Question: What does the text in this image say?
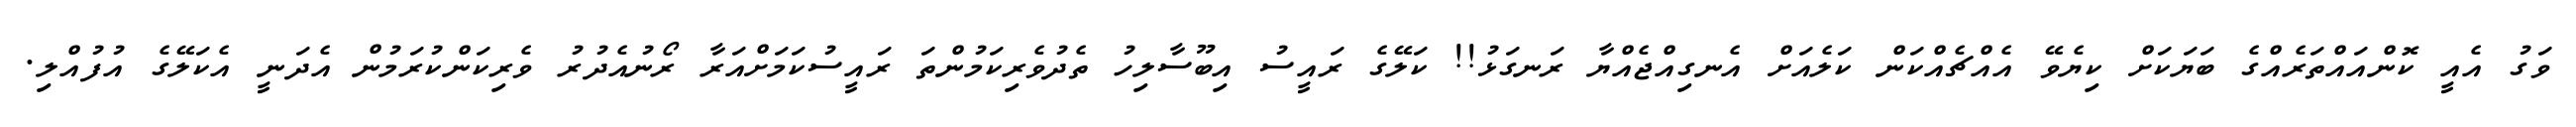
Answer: ވަގު އެއީ ކޮންއައްތަރެއްގެ ބަޔަކަށް ކިޔެވޭ އެއްޗެއްކަން ކަލެއަށް އެނގިއްޖެއްޔާ ރަނގަޅު!! ކަލޭގެ ރައީސު އިބޫސާލިހު ތެދުވެރިކަމުންތަ ރައީސުކަމަށްއަރާ ރޯނުއެދުރު ވެރިކަންކުރަމުން އެދަނީ އެކަލޭގެ އުފުއްލި.